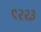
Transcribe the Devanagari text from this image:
९२२३